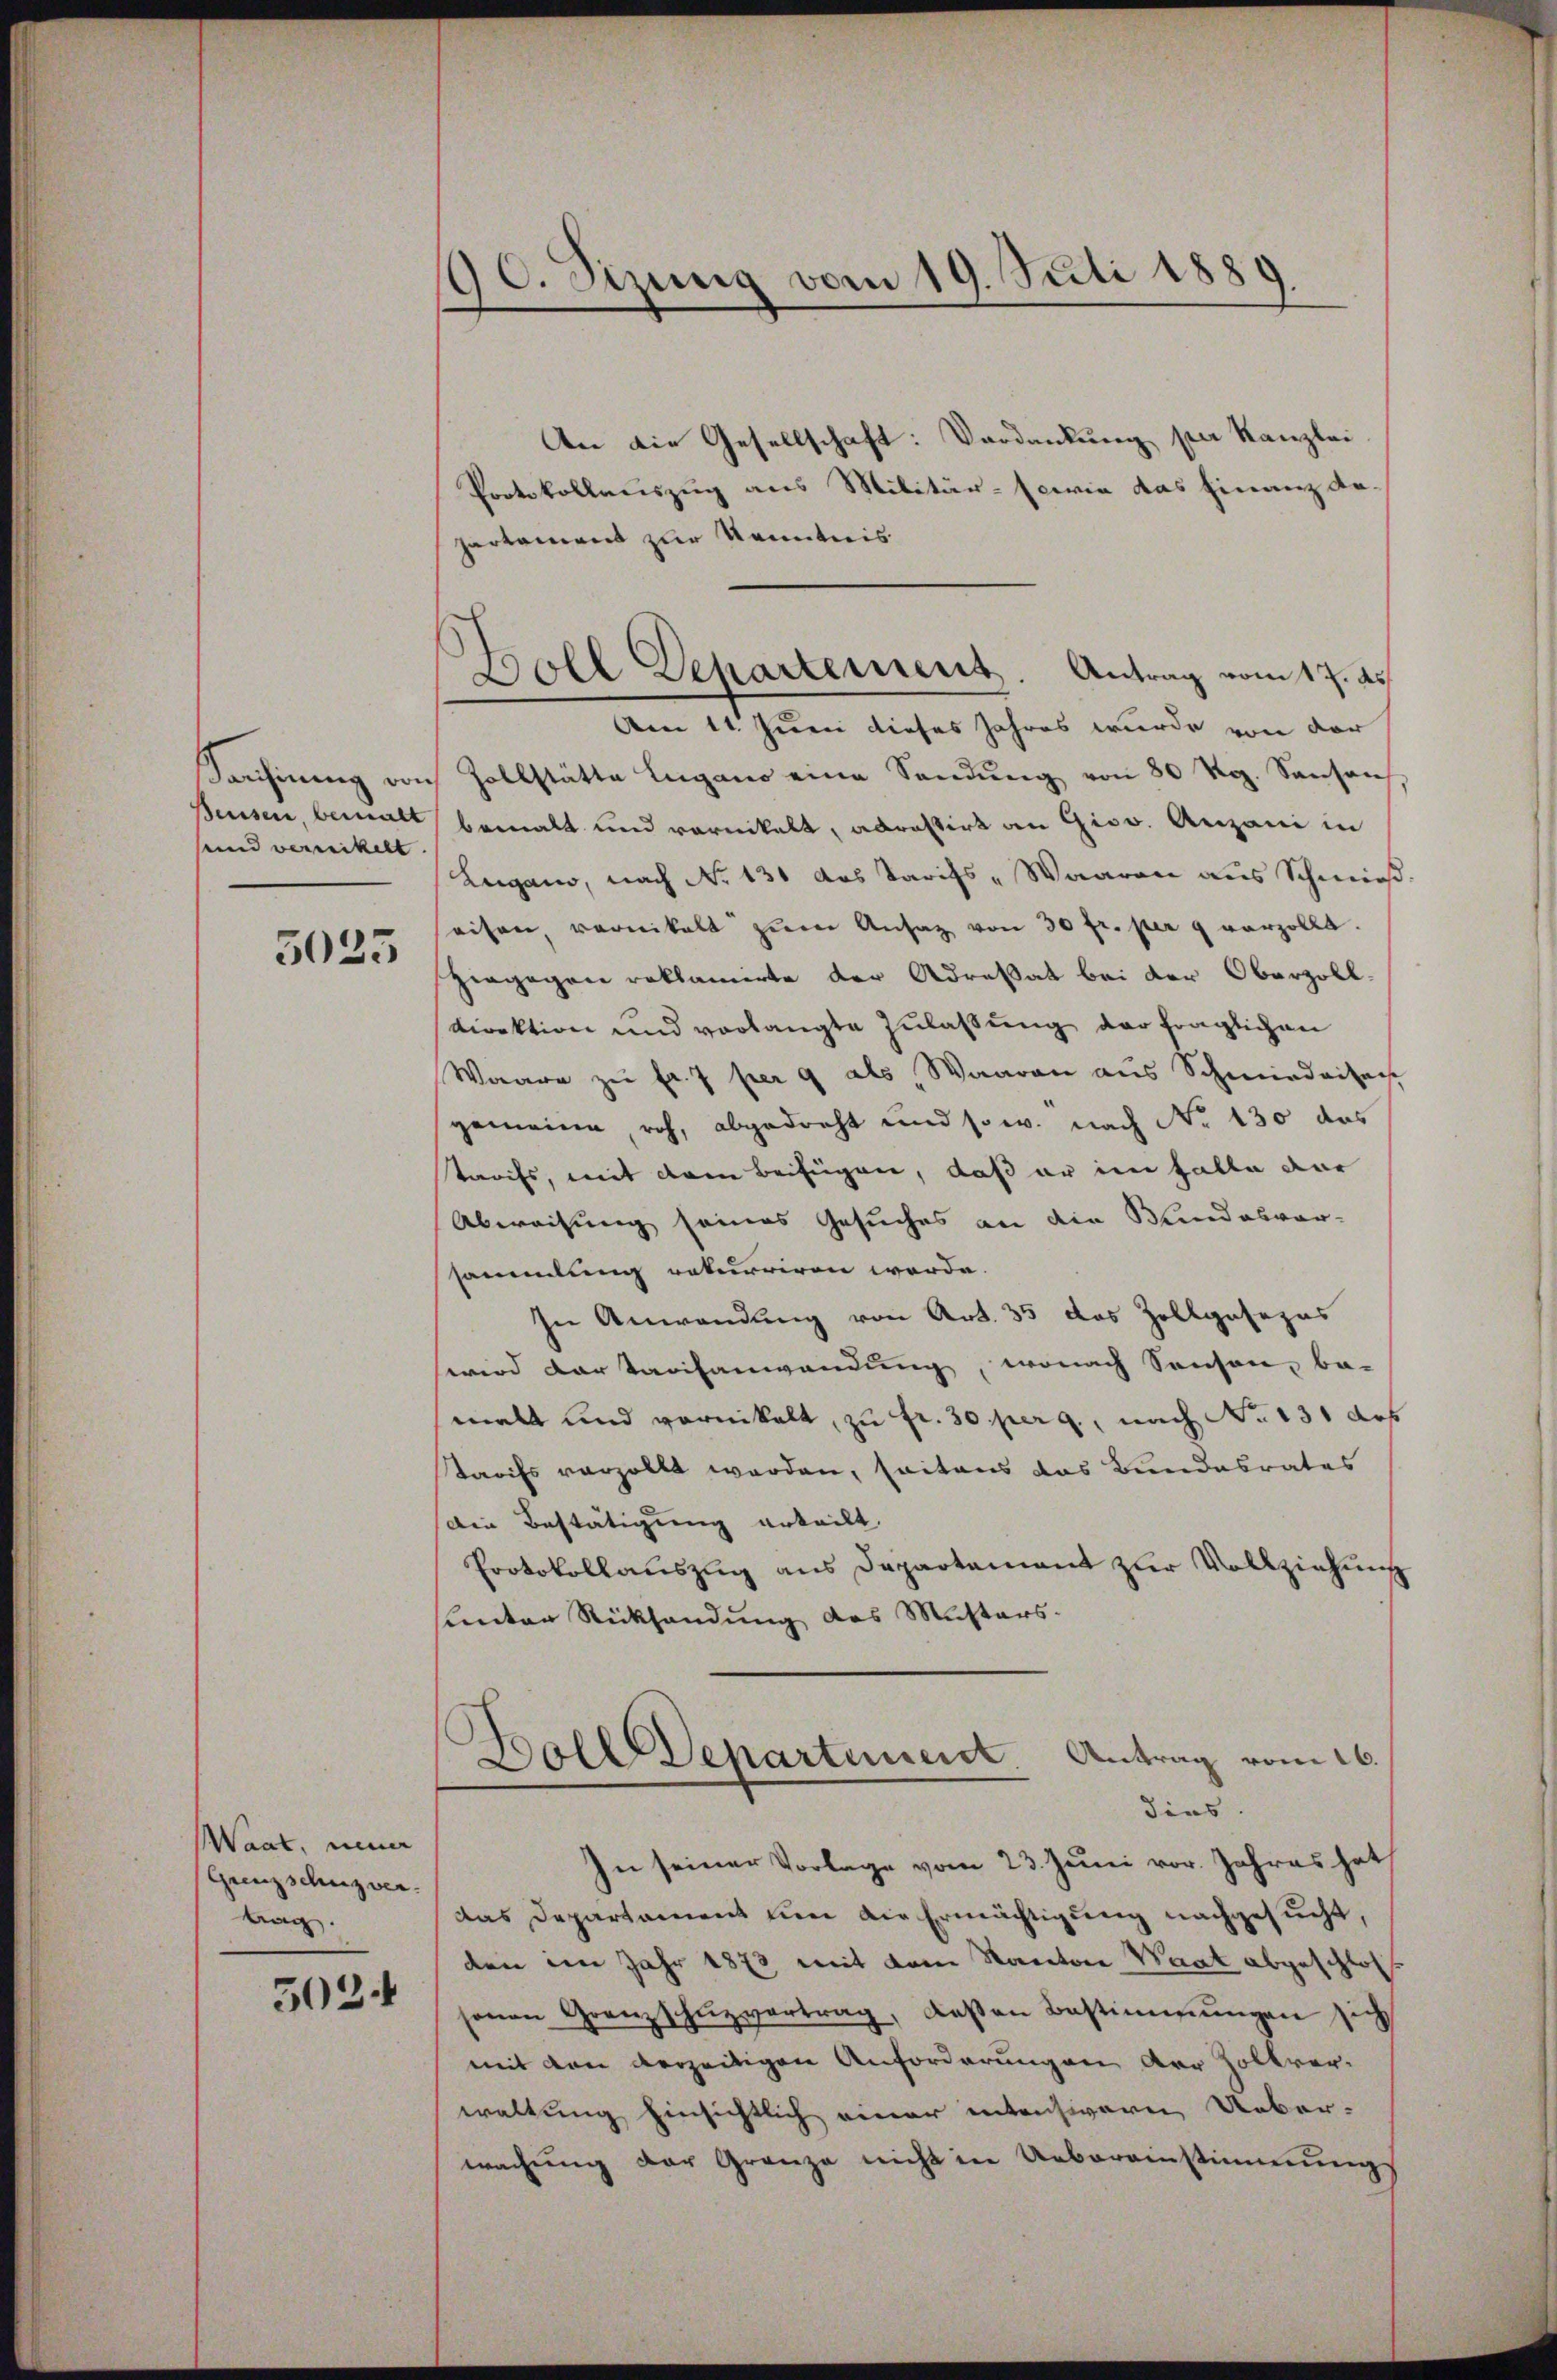
Sanhinung von
Beusen, bemalt
und verwickelt

3023

Waat, neuer
Grenzschuzver.
Lag

5024

90. Sizung vom 19. Juli 1889.

Boll Departement. Antrag vom 17. ds.
Am 11. Juni dieses Jahres wurde von der

An die Gesellschaft: Verdankung per Kanzlei
Protokollauszug aus Militär- sowie das Finanz de
partament zur Kenntnis
Zollstätte Lugano eine Sandŭng von 80 Rp. Sanson
bemalt und vornickelt, abrastirt an Giso. Anzani in
Lugano, nach No 131 das Tarifs-Waaren aus Schmieß
eisen, vernitalt zŭm Ansatz von 30 fr. per 9 vorzolle.
hergegen reklamirte der Adresat bei der Oberzolldirektion und vorlangte Zulaßung der fraglichen
Waare zu fr. 7 per 9 als Waaren aus Schmiedaitach
gemeine roh, abgedreht und so w. nach No 130 das
tarifs, mit dem Beifügen, daß er im Falle dar
Abweisung seines Gesuches an die Bundesver-
sammlung rekurriren werde.
In Anwendung von Art. 35 das Zollgasezes
wird dartarifanwendung, wonach Sausen, be-
malt und vornikalt, zu fr. 30 perg, nach No 131 Art
Tarifs vorzollt werden, seitens das Bundesrates
Den Bestätigung urteilt,
Protokollauszug aus Departement zur Vollziehung
Lnter Rücksendung des Musters.
Bolldepartement Antrag vom 16.
dies
In seiner Vorlage vom 23. Juni vor. Jahres hat
das Departament um die Ermächtigung nachgesucht,
den im Jahr 1873 mit dem Kanton Waat abgeschlos
sonen Grenzschŭzvertrag, dassen Bestimmungen zieh
mit den verzeitigen Anforderungen der Zollverwaltung hinsichtlich einer intensiven Ueber-
wachung der Granze nicht in Uebereinstimmungs